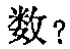
数？